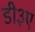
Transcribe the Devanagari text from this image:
डी३ए